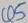
Text: Q5